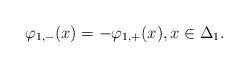
LaTeX: \begin{align*} \varphi_{1,-}(x) = - \varphi_{1,+}(x), x \in \Delta_1. \end{align*}